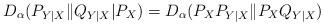
LaTeX: \begin{align*}D_\alpha(P_{Y|X}\|Q_{Y|X}|P_X )=D_\alpha(P_X P_{Y|X} \| P_X Q_{Y|X} )\end{align*}